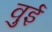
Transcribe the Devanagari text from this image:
वुई